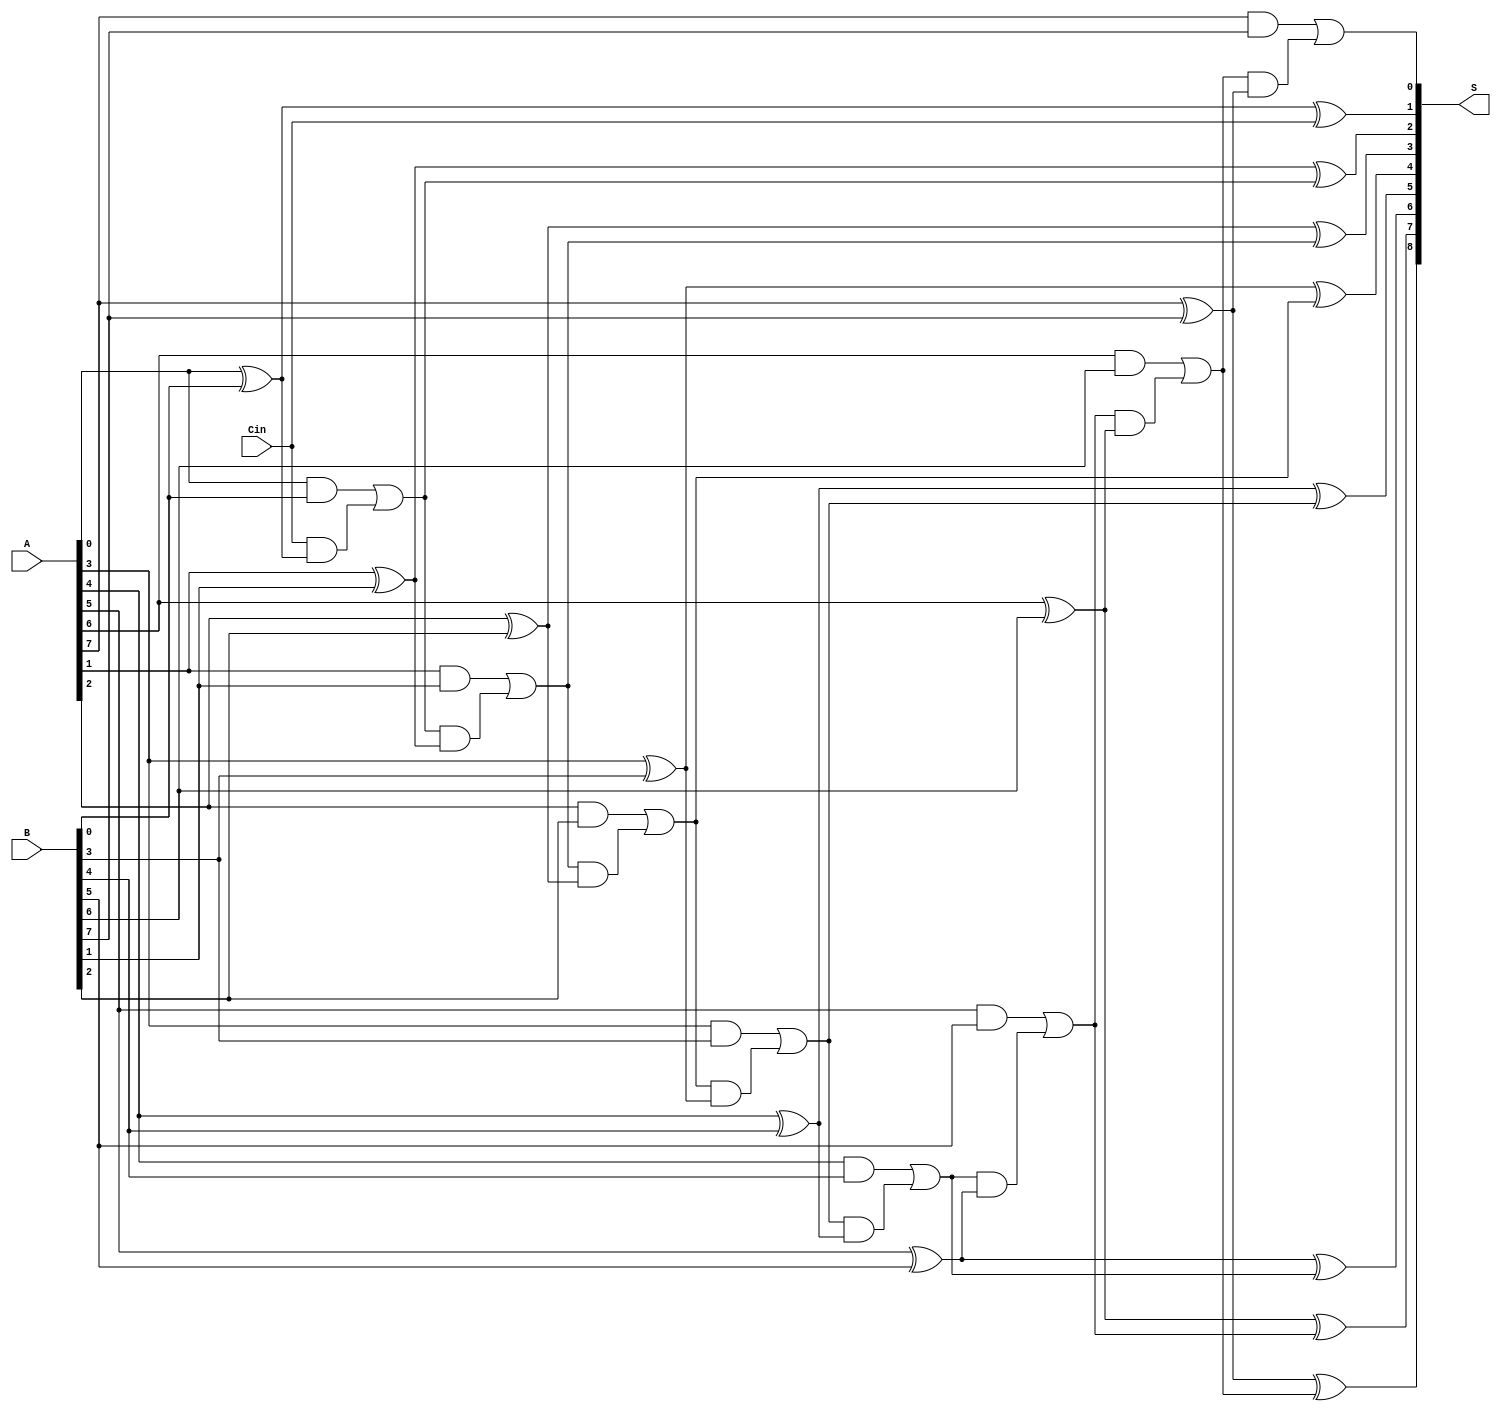
module PrecomputationCarryAdder #(parameter N = 8) (
    input  [N-1:0] A,      // N-bit input A
    input  [N-1:0] B,      // N-bit input B
    input         Cin,      // Carry input
    output [N:0] S         // (N+1)-bit output Sum
);
    wire [N:0] Carry;      // Carry bits
    wire [N-1:0] Sum;      // Intermediate Sum bits

    // Generate carry for each bit position
    assign Carry[0] = Cin; // First carry is the input carry
    genvar i;
    generate
        for (i = 0; i < N; i = i + 1) begin : carry_gen
            assign Carry[i + 1] = (A[i] & B[i]) | (Carry[i] & (A[i] ^ B[i]));
        end
    endgenerate

    // Calculate sum for each bit position
    generate
        for (i = 0; i < N; i = i + 1) begin : sum_gen
            assign Sum[i] = A[i] ^ B[i] ^ Carry[i];
        end
    endgenerate

    // Assign the final output
    assign S[N:1] = Sum;   // Assign Sum bits to output
    assign S[0] = Carry[N]; // Assign final carry out to output

endmodule